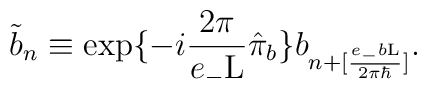
\tilde{b}_n \equiv \exp\{-i \frac{2\pi}{e_{-}{\rm L}}\hat{\pi}_b \} b_{n+[\frac{e_{-}b{\rm L}}{2{\pi}{\hbar}}]} .